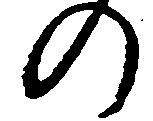
の